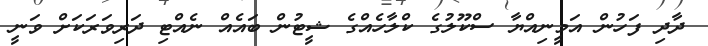
ދާދި ފަހުން އަމީނިއްޔާ ސްކޫލުގެ ކްލާހެއްގެ ޝީޓުން ބައެއް ނެއްޓި ދަރިވަރަކަށް ވަނީ